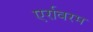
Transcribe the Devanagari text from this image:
एर्रावरम